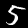
Digit: 5